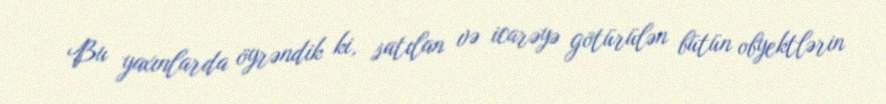
Bu yaxınlarda öyrəndik ki, satılan və icarəyə götürülən bütün obyektlərin